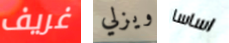
غريف ويزلي اساسا